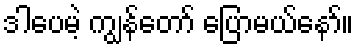
ဒါပေမဲ့ ကျွန်တော် ပြောမယ်နော်။